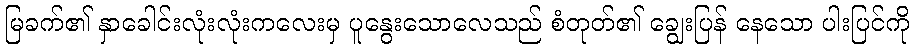
မြခက်၏ နှာခေါင်းလုံးလုံးကလေးမှ ပူနွေးသောလေသည် စံတုတ်၏ ချွေးပြန် နေသော ပါးပြင်ကို